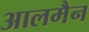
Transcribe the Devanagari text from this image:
आलमैन